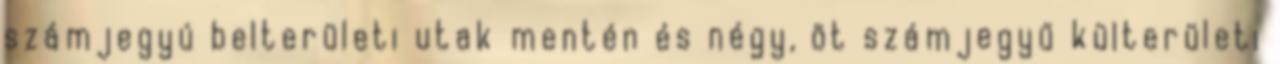
számjegyú belterületi utak mentén és négy, öt számjegyű külterületi